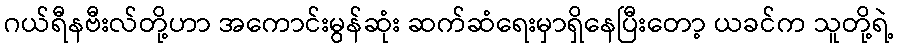
ဂယ်ရီနဗီးလ်တို့ဟာ အကောင်းမွန်ဆုံး ဆက်ဆံရေးမှာရှိနေပြီးတော့ ယခင်က သူတို့ရဲ့